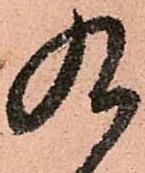
九